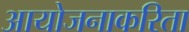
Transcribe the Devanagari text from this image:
आयोजनाकरिता